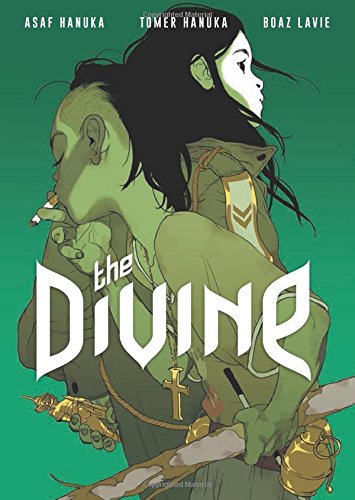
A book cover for The Divine; Boaz Lavie; Comics & Graphic Novels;